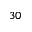
3 0